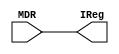
`ifndef _IR_v_
`define _IR_v_



//IR
module IR(MDR, IReg);
	input[15:0] MDR;
	output[15:0] IReg;

assign IReg = MDR;
endmodule

`endif